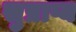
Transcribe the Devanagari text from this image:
सुप्राप्य